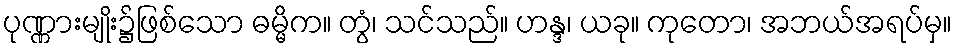
ပုဏ္ဏားမျိုး၌ဖြစ်သော ဓမ္မိက။ တွံ၊ သင်သည်။ ဟန္ဒ၊ ယခု။ ကုတော၊ အဘယ်အရပ်မှ။